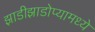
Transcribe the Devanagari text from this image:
झाडीझाडोप्यामध्ये